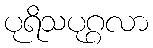
ပုရိသပုဂ္ဂလာ